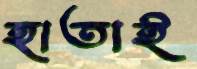
হাতাই